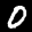
Label: 0